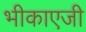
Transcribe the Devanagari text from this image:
भीकाएजी